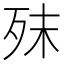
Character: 𣧣